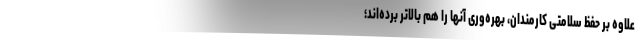
علاوه بر حفظ سلامتی کارمندان، بهره‌وری آنها را هم بالاتر برده‌اند؛